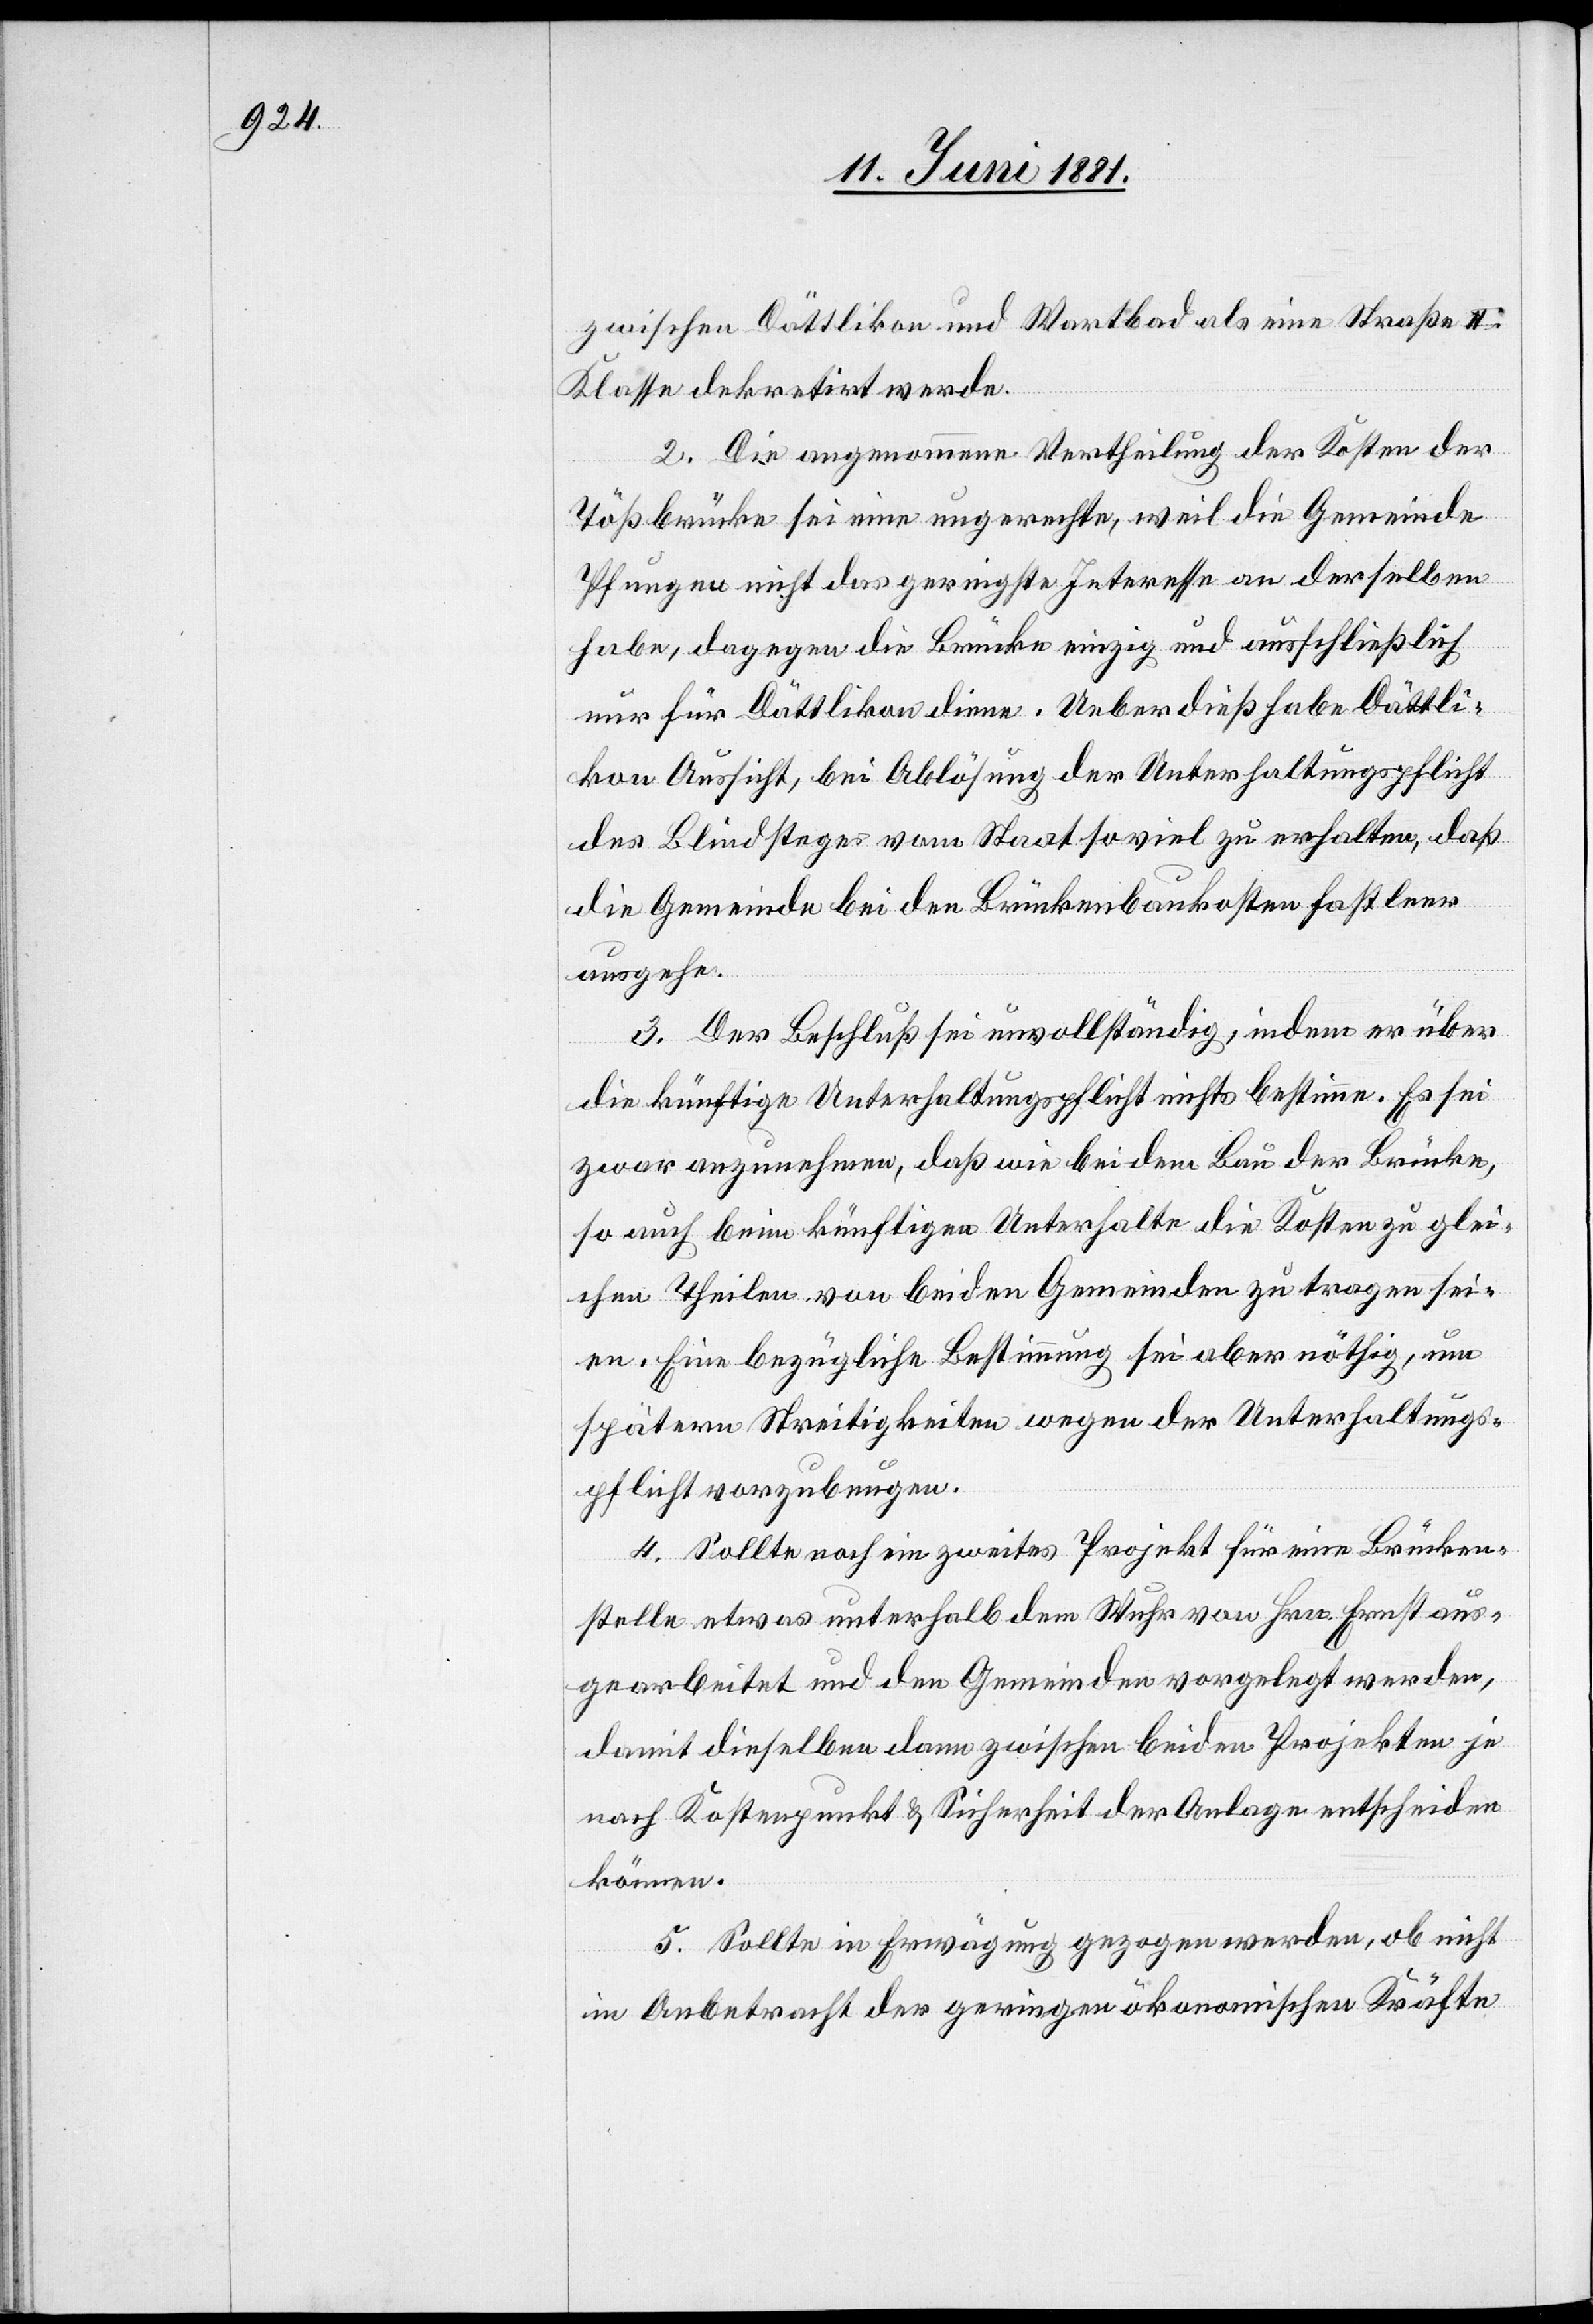
zwischen Dättlikon und Wartbad als eine Straße II.
Klasse dekretirt werde.
2. Die angenommene Vertheilung der Kosten der
Tößbrücke sei eine ungerechte, weil die Gemeinde
Pfungen nicht das geringste Interesse an derselben
habe, dagegen die Brücke einzig und ausschließlich
nur für Dättlikon diene. Ueberdieß habe Dättli¬
kon Aussicht, bei Ablösung der Unterhaltungspflicht
des Blindsteges vom Staat so viel zu erhalten, daß
die Gemeinde bei den Brückenbaukosten fast leer
ausgehe.
3. Der Beschluß sei unvollständig, in dem er über
die künftige Unterhaltungspflicht nichts bestimme. Es sei
zwar anzunehmen, daß wie bei dem Bau der Brücke,
so auch beim künftigen Unterhalte die Kosten zu glei¬
chen Theilen von beiden Gemeinden zu tragen sei¬
en. Eine bezügliche Bestimmung sei aber nöthig, um
spätern Streitigkeiten wegen der Unterhaltungs¬
pflicht vorzubeugen.
4. Sollte noch ein zweites Projekt für eine Brücken¬
stelle etwas unterhalb dem Wuhr von Hrn. Ernst aus¬
gearbeitet und den Gemeinden vorgelegt werden,
damit dieselben dann zwischen beiden Projekten je
nach Kostenpunkt & Sicherheit der Anlage entscheiden
können.
5. Sollte in Erwägung gezogen werden, ob nicht
in Anbetracht der geringen ökonomischen Kräfte